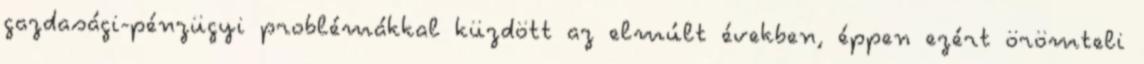
gazdasági-pénzügyi problémákkal küzdött az elmúlt években, éppen ezért örömteli